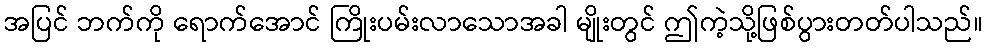
အပြင် ဘက်ကို ရောက်အောင် ကြိုးပမ်းလာသောအခါ မျိုးတွင် ဤကဲ့သို့ဖြစ်ပွားတတ်ပါသည်။